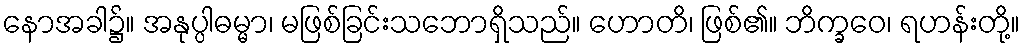
နောအခါ၌။ အနုပ္ပါဓမ္မာ၊ မဖြစ်ခြင်းသဘောရှိသည်။ ဟောတိ၊ ဖြစ်၏။ ဘိက္ခဝေ၊ ရဟန်းတို့။